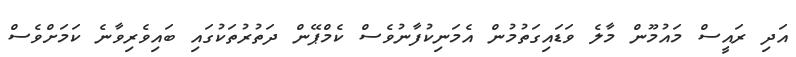
އަދި ރައީސް މައުމޫން މާލެ ވަޑައިގަތުމުން އެމަނިކުފާނުވެސް ކެމްޕޭން ދަތުރުތަކުގައި ބައިވެރިވާނެ ކަމަށްވެސް